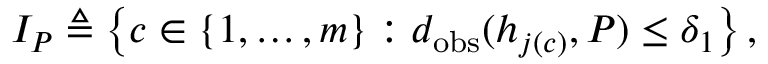
I _ { P } \triangleq \left\{ c \in \{ 1 , \dots , m \} : d _ { \mathrm { o b s } } ( h _ { j ( c ) } , P ) \leq \delta _ { 1 } \right\} ,